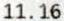
11.16